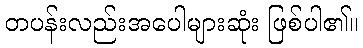
တပန်းလည်းအပေါများဆုံး ဖြစ်ပါ၏။